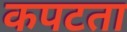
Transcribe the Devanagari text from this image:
कपटता